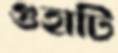
গুহাটি